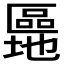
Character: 𫧜